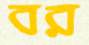
বর